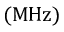
\boldsymbol { ( \mathrm { { M H z } ) } }